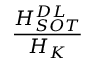
\frac { H _ { S O T } ^ { D L } } { H _ { K } }